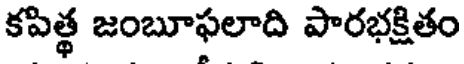
కపిత్థ జంబూఫలాది పారభక్షితం